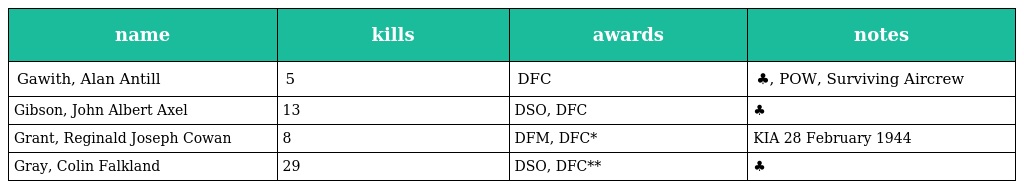
| name | kills | awards | notes |
 | --- | --- | --- | --- |
 | Gawith, Alan Antill | 5 | DFC | ♣, POW, Surviving Aircrew |
 | Gibson, John Albert Axel | 13 | DSO, DFC | ♣ |
 | Grant, Reginald Joseph Cowan | 8 | DFM, DFC* | KIA 28 February 1944 |
 | Gray, Colin Falkland | 29 | DSO, DFC** | ♣ |